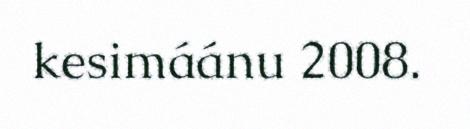
kesimáánu 2008.